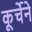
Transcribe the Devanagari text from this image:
कूर्चेने